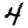
Digit: 4